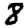
Digit: 8